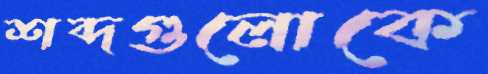
শব্দগুলোকে